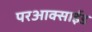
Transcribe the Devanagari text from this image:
परआक्साईड